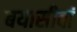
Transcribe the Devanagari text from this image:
बयासीवां